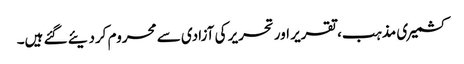
کشمیری مذہب، تقریر اور تحریر کی آزادی سے محروم کردیئے گئے ہیں۔